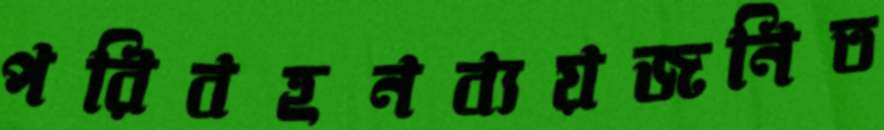
পরিবহনব্যয়জনিত